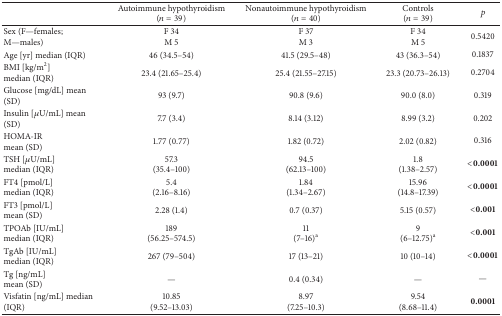
<table><thead><tr><td><b> </b></td><td><b>Autoimmune hypothyroidism(<i>n</i> = 39)</b></td><td><b>Nonautoimmune hypothyroidism(<i>n</i> = 40)</b></td><td><b>Controls(<i>n</i> = 39)</b></td><td><b><i>p</i></b></td></tr></thead><tbody><tr><td>Sex (F—females; M—males)</td><td>F 34M 5</td><td>F 37M 3</td><td>F 34M 5</td><td>0.5420</td></tr><tr><td>Age [yr] median (IQR)</td><td>46 (34.5–54)</td><td>41.5 (29.5–48)</td><td>43 (36.3–54)</td><td>0.1837</td></tr><tr><td>BMI [kg/m<sup>2</sup>] median (IQR)</td><td>23.4 (21.65–25.4)</td><td>25.4 (21.55–27.15)</td><td>23.3 (20.73–26.13)</td><td>0.2704</td></tr><tr><td>Glucose [mg/dL] mean (SD)</td><td>93 (9.7)</td><td>90.8 (9.6)</td><td>90.0 (8.0)</td><td>0.319</td></tr><tr><td>Insulin [<i>μ</i>U/mL] mean (SD)</td><td>7.7 (3.4)</td><td>8.14 (3.12)</td><td>8.99 (3.2)</td><td>0.202</td></tr><tr><td>HOMA-IR mean (SD)</td><td>1.77 (0.77)</td><td>1.82 (0.72)</td><td>2.02 (0.82)</td><td>0.316</td></tr><tr><td>TSH [<i>μ</i>U/mL] median (IQR)</td><td>57.3 (35.4–100)</td><td>94.5 (62.13–100)</td><td>1.8 (1.38–2.57)</td><td><b>&lt;0.0001</b></td></tr><tr><td>FT4 [pmol/L] median (IQR)</td><td>5.4 (2.16–8.16)</td><td>1.84 (1.34–2.67)</td><td>15.96 (14.8–17.39)</td><td><b>&lt;0.0001</b></td></tr><tr><td>FT3 [pmol/L]mean (SD)</td><td>2.28 (1.4)</td><td>0.7 (0.37)</td><td>5.15 (0.57)</td><td><b>&lt;0.001</b></td></tr><tr><td>TPOAb [IU/mL]median (IQR)</td><td>189 (56.25–574.5)</td><td>11 (7–16)<sup>a</sup></td><td>9 (6–12.75)<sup>a</sup></td><td><b>&lt;0.001</b></td></tr><tr><td>TgAb [IU/mL]median (IQR)</td><td>267 (79–504)</td><td>17 (13–21)</td><td>10 (10–14)</td><td><b>&lt;0.0001</b></td></tr><tr><td>Tg [ng/mL]mean (SD)</td><td>—</td><td>0.4 (0.34)</td><td>—</td><td>—</td></tr><tr><td>Visfatin [ng/mL] median (IQR)</td><td>10.85 (9.52–13.03)</td><td>8.97 (7.25–10.3)</td><td>9.54 (8.68–11.4)</td><td><b>0.0001</b></td></tr></tbody></table>